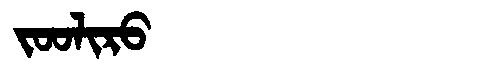
Manchu: ᠵᠣᠣᠯᡳᡵᠣ
Romanization: JOOLIRO